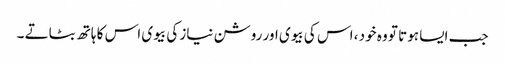
جب ایسا ہوتا تو وہ خود ، اس کی بیوی اور روشن نیاز کی بیوی اس کا ہاتھ بٹاتے ۔